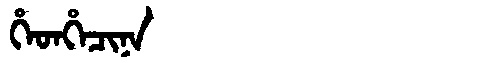
Manchu: ᡥᡝᡨᡥᡝᠴᡳᠨᠠ
Romanization: HETHECINA